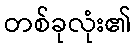
တစ်ခုလုံး၏